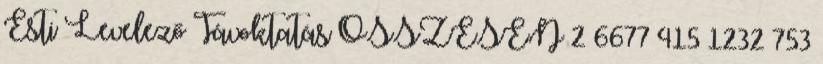
Esti Levelező Távoktatás ÖSSZESEN 2 6677 415 1232 753